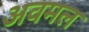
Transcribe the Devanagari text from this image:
अवमल